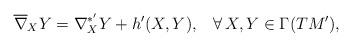
LaTeX: \begin{align*} \overline{\nabla}_{X}Y=\nabla^{*'}_{X}Y+h'(X,Y), \;\;\; \forall\, X,Y\in\Gamma(TM'),\end{align*}